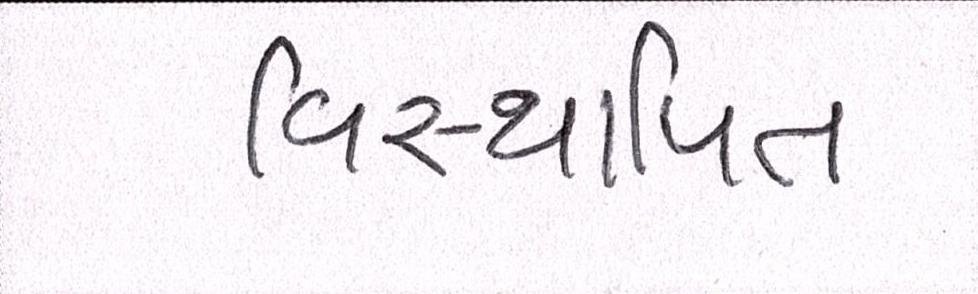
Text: વિસ્થાપિત